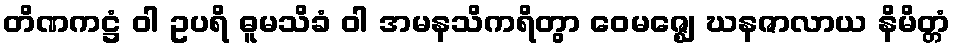
တိဏကဋ္ဌံ ဝါ ဥပရိ ဓူမသိခံ ဝါ အမနသိကရိတွာ ဝေမဇ္ဈေ ဃနဇာလာယ နိမိတ္တံ